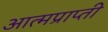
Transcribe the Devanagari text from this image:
आत्मप्राप्ती